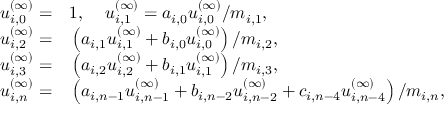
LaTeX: \begin{array} { r l } { { u _ { i , 0 } ^ { ( \infty ) } = } } & { { } { { } 1 , \; \; \; \; u _ { i , 1 } ^ { ( \infty ) } = a _ { i , 0 } u _ { i , 0 } ^ { ( \infty ) } / m _ { i , 1 } , } } \\ { { u _ { i , 2 } ^ { ( \infty ) } = } } & { { } { { } \left( a _ { i , 1 } u _ { i , 1 } ^ { ( \infty ) } + b _ { i , 0 } u _ { i , 0 } ^ { ( \infty ) } \right) / m _ { i , 2 } , } } \\ { { u _ { i , 3 } ^ { ( \infty ) } = } } & { { } { { } \left( a _ { i , 2 } u _ { i , 2 } ^ { ( \infty ) } + b _ { i , 1 } u _ { i , 1 } ^ { ( \infty ) } \right) / m _ { i , 3 } , } } \\ { { u _ { i , n } ^ { ( \infty ) } = } } & { { } { { } \left( a _ { i , n - 1 } u _ { i , n - 1 } ^ { ( \infty ) } + b _ { i , n - 2 } u _ { i , n - 2 } ^ { ( \infty ) } + c _ { i , n - 4 } u _ { i , n - 4 } ^ { ( \infty ) } \right) / m _ { i , n } , } } \end{array}